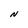
Character: N